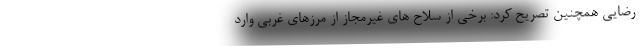
رضایی همچنین تصریح کرد: برخی از سلاح های غیرمجاز از مرزهای غربی وارد